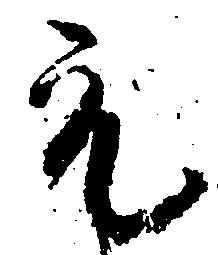
元